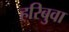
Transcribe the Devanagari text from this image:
हरिबुवा